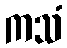
ကသံ